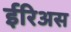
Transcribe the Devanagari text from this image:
ईरिअस